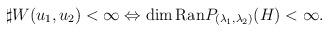
LaTeX: \begin{align*} \begin{aligned} \sharp W(u_1,u_2)<\infty &\Leftrightarrow \dim \mathrm{Ran}P_{(\lambda_1,\lambda_2)}(H)<\infty.\\ \end{aligned} \end{align*}